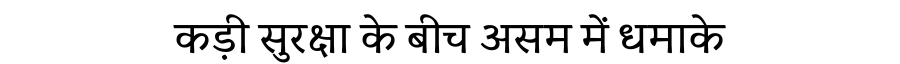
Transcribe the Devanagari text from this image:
कड़ी सुरक्षा के बीच असम में धमाके